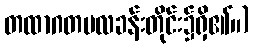
တထာဂတဗလခန်းတိုင်း၌ရှိ၏။)